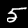
Label: 5